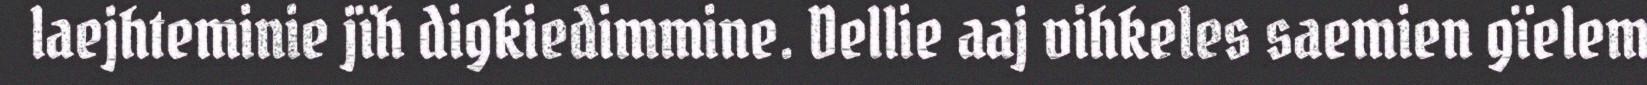
laejhteminie jïh digkiedimmine. Dellie aaj vihkeles saemien gïelem